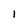
Character: 1